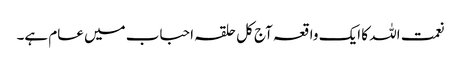
نعمت اللہ کا ایک واقعہ آج کل حلقہ احباب میں عام ہے۔